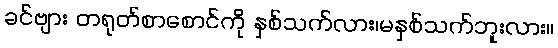
ခင်ဗျား တရုတ်စာစောင်ကို နှစ်သက်လား၊မနှစ်သက်ဘူးလား။